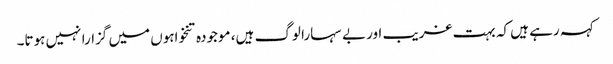
کہہ رہے ہیں کہ بہت غریب اور بے سہارا لوگ ہیں، موجودہ تنخواہوں میں گزارا نہیں ہوتا۔